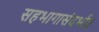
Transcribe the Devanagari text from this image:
सहभागासंदर्भात